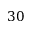
3 0